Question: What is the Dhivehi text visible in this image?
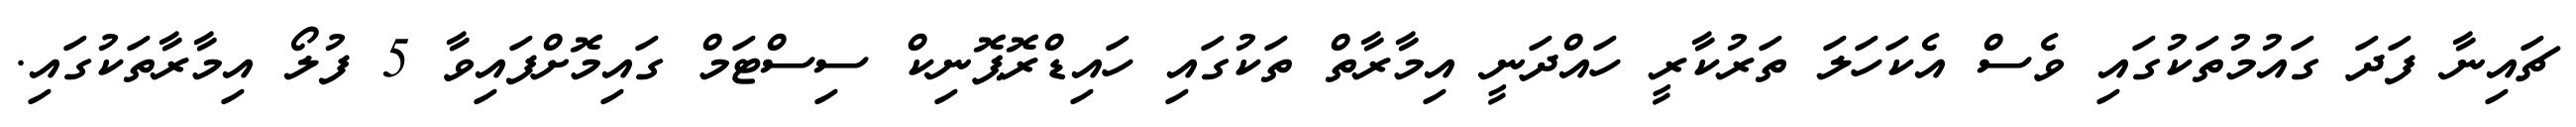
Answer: ޗައިނާ ފަދަ ގައުމުތަކުގައި ވެސް އެކަހަލަ ތަރުކާރީ ހައްދަނީ އިމާރާތް ތަކުގައި ހައިޑްރޮޕޮނިކް ސިސްޓަމް ގައިމޮށްފައިވާ 5 ފުލޯ އިމާރާތަކުގައި.